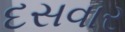
દસવાર